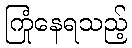
ကြုံနေရသည့်